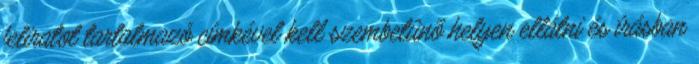
feliratot tartalmazó címkével kell szembetûnõ helyen ellátni és írásban